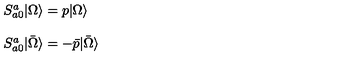
\begin{array} { l } { S _ { a 0 } ^ { a } | \Omega \rangle = p | \Omega \rangle } \\ { \ } \\ { S _ { a 0 } ^ { a } | \bar { \Omega } \rangle = - \bar { p } | \bar { \Omega } \rangle } \\ \end{array}